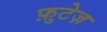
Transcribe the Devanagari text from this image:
फ़ुटेज़